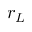
r _ { L }